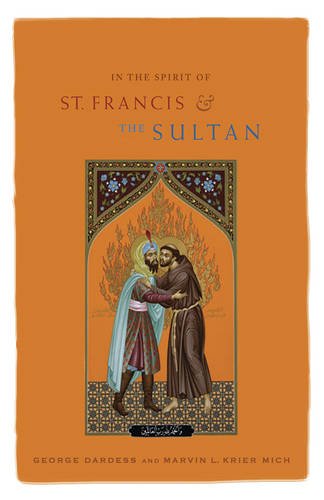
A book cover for In the Spirit of St. Francis and the Sultan: Catholics and Muslims Working Together for the Common Good; George Dardess; Religion & Spirituality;